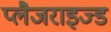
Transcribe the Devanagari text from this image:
प्लैजराइज्ड